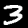
Digit: 3